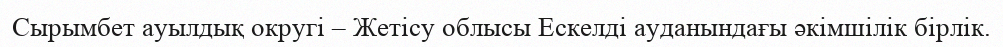
Сырымбет ауылдық округі – Жетісу облысы Ескелді ауданындағы әкімшілік бірлік.